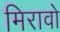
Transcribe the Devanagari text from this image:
मिरावो